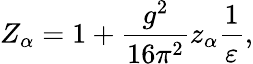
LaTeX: Z_{\alpha}=1+\frac{g^{2}}{16\pi^{2}}z_{\alpha}\frac{1}{\varepsilon},